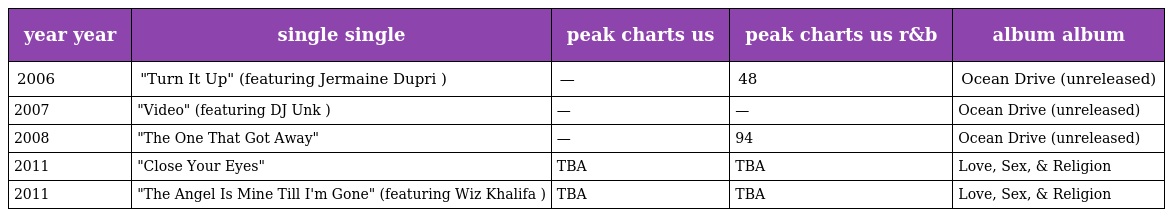
| year year | single single | peak charts us | peak charts us r&b | album album |
 | --- | --- | --- | --- | --- |
 | 2006 | "Turn It Up" (featuring Jermaine Dupri ) | — | 48 | Ocean Drive (unreleased) |
 | 2007 | "Video" (featuring DJ Unk ) | — | — | Ocean Drive (unreleased) |
 | 2008 | "The One That Got Away" | — | 94 | Ocean Drive (unreleased) |
 | 2011 | "Close Your Eyes" | TBA | TBA | Love, Sex, & Religion |
 | 2011 | "The Angel Is Mine Till I'm Gone" (featuring Wiz Khalifa ) | TBA | TBA | Love, Sex, & Religion |